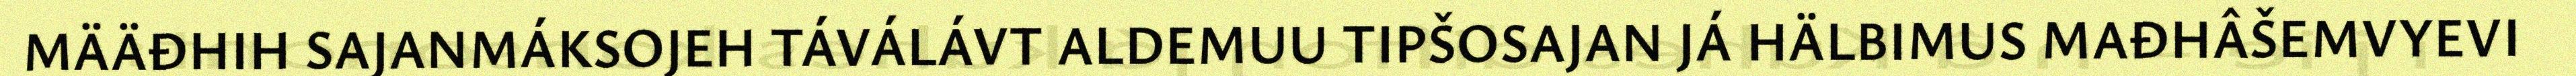
MÄÄĐHIH SAJANMÁKSOJEH TÁVÁLÁVT ALDEMUU TIPŠOSAJAN JÁ HÄLBIMUS MAĐHÂŠEMVYEVI